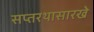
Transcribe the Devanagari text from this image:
सप्तरथासारखे